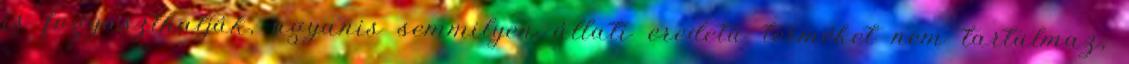
is fogyaszthatják, ugyanis semmilyen állati eredetű terméket nem tartalmaz,